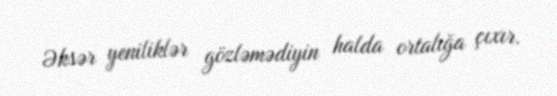
Əksər yeniliklər gözləmədiyin halda ortalığa çıxır.